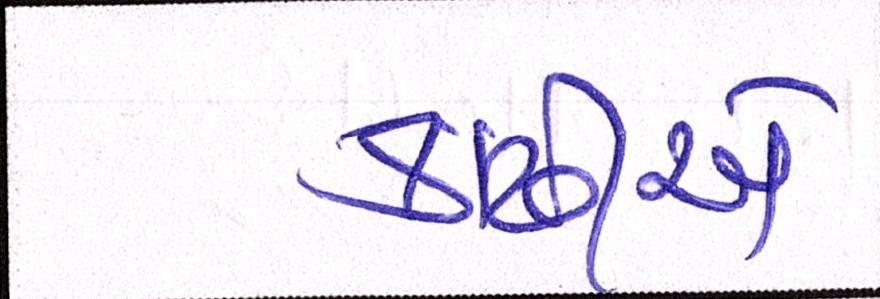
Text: કાઢીએ